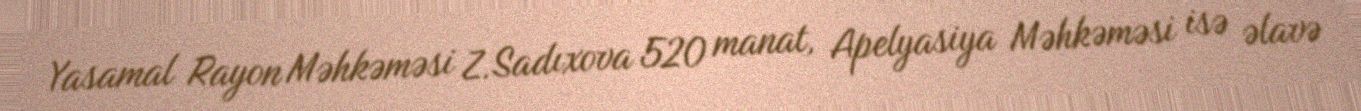
Yasamal Rayon Məhkəməsi Z.Sadıxova 520 manat, Apelyasiya Məhkəməsi isə əlavə